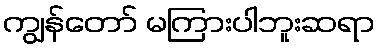
ကျွန်တော် မကြားပါဘူးဆရာ